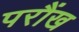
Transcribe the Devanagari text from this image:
परौंख